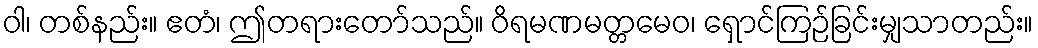
ဝါ၊ တစ်နည်း။ ဧတံ၊ ဤတရားတော်သည်။ ဝိရမဏမတ္တမေဝ၊ ရှောင်ကြဉ်ခြင်းမျှသာတည်း။